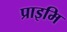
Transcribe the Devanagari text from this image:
प्राइमि